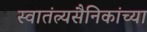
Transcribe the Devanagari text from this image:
स्वातंत्र्यसैनिकांच्या